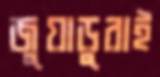
জুয়াড়ুরাই